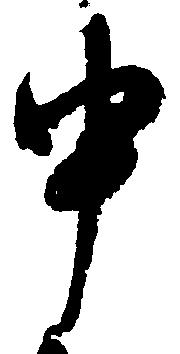
申